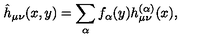
\hat { h } _ { \mu \nu } ( x , y ) = \sum _ { \alpha } f _ { \alpha } ( y ) h _ { \mu \nu } ^ { ( \alpha ) } ( x ) ,